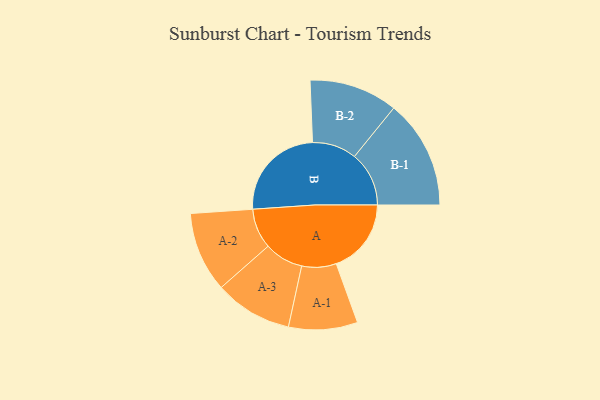
{"axis": {"x": "Segment", "y": "Value"}, "legend": ["", "A", "B"], "data": [{"x": "A", "y": 322, "type": ""}, {"x": "B", "y": 421, "type": ""}, {"x": "A-1", "y": 148, "type": "A"}, {"x": "A-2", "y": 172, "type": "A"}, {"x": "A-3", "y": 167, "type": "A"}, {"x": "B-1", "y": 234, "type": "B"}, {"x": "B-2", "y": 190, "type": "B"}]}